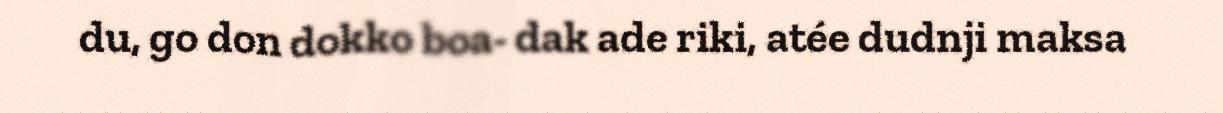
du, go don dokko boa- dak ade riki, atée dudnji maksa